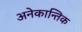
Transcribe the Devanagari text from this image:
अनेकान्तिक